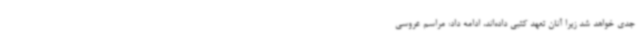
جدی خواهد شد زیرا آنان تعهد کتبی داده‌اند، ادامه داد: مراسم عروسی